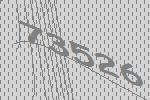
73526